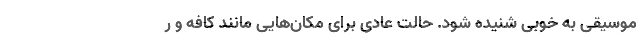
موسیقی به خوبی شنیده شود. حالت عادی برای مکان‌هایی مانند کافه و ر